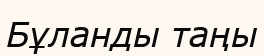
Бұланды таңы